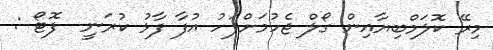
މިރޭ ކޮލަމްބިޔާއިން ގޯލް ޖެހުމަށްފަހު އުފާ ފާޅު ކުރަނީ  ފޮޓޯ :